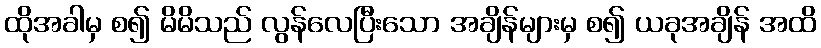
ထိုအခါမှ စ၍ မိမိသည် လွန်လေပြီးသော အချိန်များမှ စ၍ ယခုအချိန် အထိ